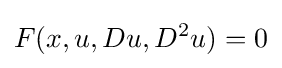
F(x,u,Du,D^{2}u)=0